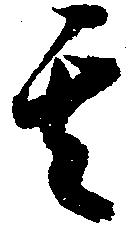
其